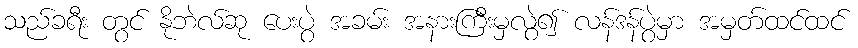
သည်ခရီး တွင် နိုဘဲလ်ဆု ပေးပွဲ အခမ်း အနားကြီးမှလွဲ၍ လန်ဒန်ပွဲမှာ အမှတ်ထင်ထင်